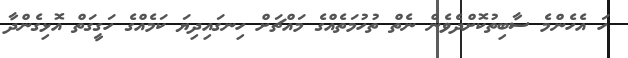
ހަ އެހެންމެ ސާބިތުކޮށްދެވެން ނެތް ތުހުމަތެއްގެ މައްޗަށް ހިނގައިދިޔަ ކަމެއްގެ ހަގީގަތް އޮޅިގެންދާ